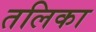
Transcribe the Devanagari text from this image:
तलिका